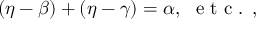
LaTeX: ( \eta - \beta ) + ( \eta - \gamma ) = \alpha , \ \textrm { e t c . , }